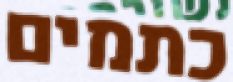
כתמים